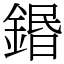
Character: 鍲